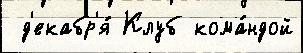
 д'екабр'я́ Клуб кома́ндой